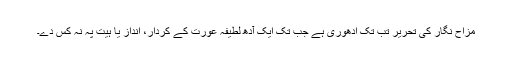
مزاح نگار کی تحریر تب تک ادھوری ہے جب تک ایک آدھ لطیفہ عورت کے کردار، انداز یا ہیت پہ نہ کس دے۔